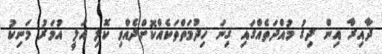
ދާއިރާ އިން ދިގު މުއްދަތެއްގައި ގިނަ ޚިދުމަތްތަކެއްކޮށްދެއްވި ކޮލި އަލީ އުމަރު މަނިކު